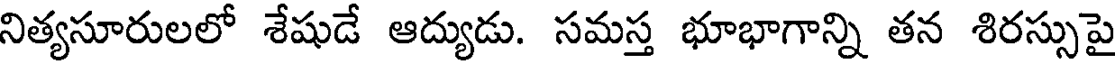
నిత్యసూరులలో శేషుడే ఆద్యుడు. సమస్త భూభాగాన్ని తన శిరస్సుపై